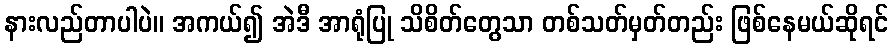
နားလည်တာပါပဲ။ အကယ်၍ အဲဒီ အာရုံပြု သိစိတ်တွေသာ တစ်သတ်မှတ်တည်း ဖြစ်နေမယ်ဆိုရင်